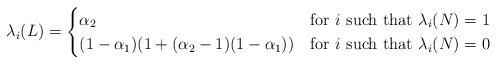
LaTeX: \begin{align*}\lambda_{i}(L)=\begin{cases}\alpha_2 & {\hbox{for $i$ such that }} \lambda_{i}(N)=1\\(1-\alpha_1)(1+(\alpha_2-1)(1-\alpha_1))& {\hbox{for $i$ such that }} \lambda_{i}(N)=0\\\end{cases}\end{align*}